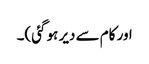
اور کام سے دیر ہو گئی)۔